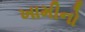
ખામીનો